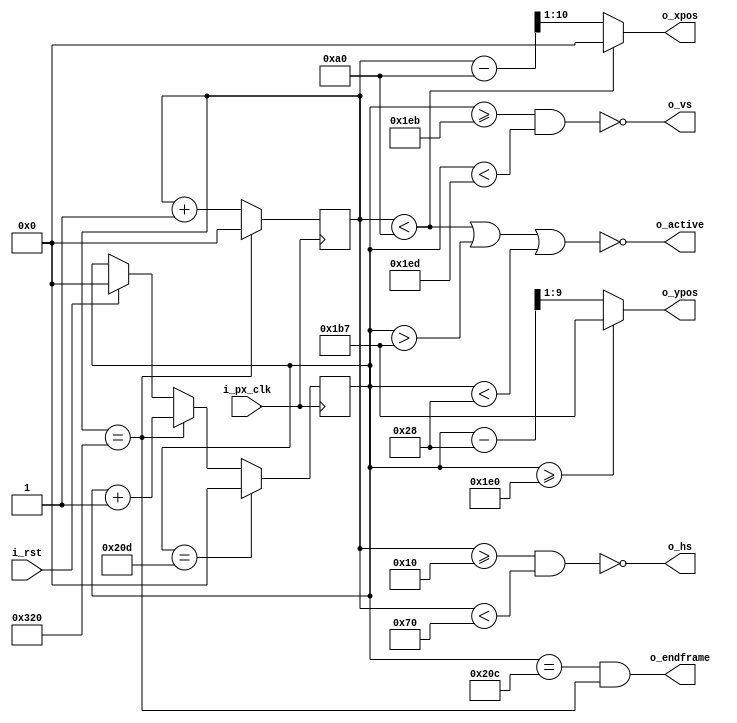
`timescale 1ns / 1ps



module VGA_Controller(

    input  i_px_clk,        // PIxel clock
    input  i_rst,           // reset frames
    
    output  o_hs,           //Horizontal Sync
    output  o_vs,           //Vericle Sync
    
    
    output  o_active,       //high during active period
    output  o_endframe,     // high at the end of a frame
   
    
    output  [9:0] o_xpos,   // x pixel position
    output  [8:0] o_ypos    // y pixel position      

    );
    
    //Horizontal constants
    localparam LINE     = 800;              // Full line with fp, sync, bp
    localparam HS_ST    = 16;               //Horizontal sync Start
    localparam HS_EN    = 16 + 96;          //Horizontal Synch end
    localparam H_ACT_ST = 16 + 96 + 48;     //Horizontal Active period start
    
    //Veritcle Constant
    localparam SCREEN   = 525;              //Full screen with fp, sync, bp
    localparam VS_ST    = 480 + 11;         //Verticle sync Start
    localparam VS_EN    = 480 + 11 + 2;     //Verticle Synch end
    localparam V_ACT_EN = 480;              //Verticle Active period end
    
    //Timing Params
    reg[9:0] h_count;     //line position
    reg[9:0] v_count;     //Screen position
    
    //generating output sync signlas
    assign o_hs = ~((h_count >= HS_ST) & (h_count < HS_EN));
    assign o_vs = ~((v_count >= VS_ST) & (v_count < VS_EN));
    
    //Active and screenend signals
    assign o_active = ~((h_count < H_ACT_ST) | (v_count > V_ACT_EN - 40 - 1) //  output active high whenever not in active period, negate
                                             | (v_count < 40));       // high when in active period
    assign o_endframe = ((v_count == SCREEN - 1) & (h_count == LINE));
   
    //Making sure X and Y output positions stay within active regions depending on timing
    assign o_xpos = (h_count < H_ACT_ST) ? 0 : (h_count - H_ACT_ST) >> 1;
    assign o_ypos = (v_count >= V_ACT_EN) ? (V_ACT_EN - 40 - 1) : (v_count -40) >> 1;
    
    
    always @(posedge i_px_clk)
    begin
        if (i_rst)  // reset to start of frame
        begin
            h_count <= 0;
            v_count <= 0;
        end
        
        if (h_count == LINE)  // end of line
        begin
            h_count <= 0;     //Reset line, add screen  
            v_count <= v_count + 1;
        end
        else 
            h_count <= h_count + 1; // add to line

        if (v_count == SCREEN)  // end of screen, reset screen
            v_count <= 0;
       
    
    
    end
    
    
endmodule